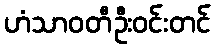
ဟံသာဝတီဦးဝင်းတင်